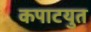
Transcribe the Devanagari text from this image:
कपाटयुत